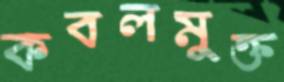
কবলমুক্ত